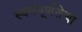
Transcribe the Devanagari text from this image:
स्वयंपूर्णतेचा